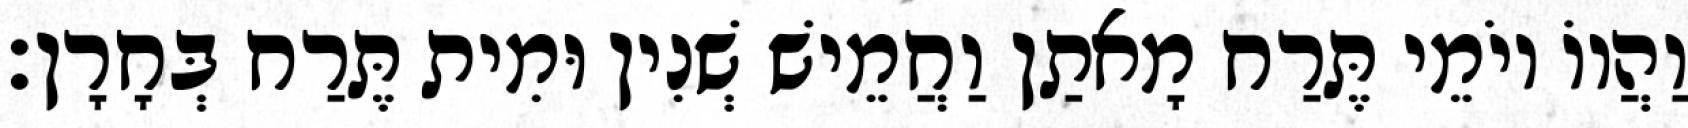
וַהֲווֹ יוֹמֵי תֶּרַח מָאתַן וַחֲמֵישׁ שְׁנִין וּמִית תֶּרַח בְּחָרָן׃